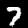
Label: 7